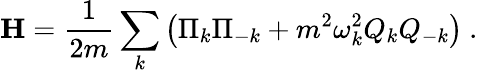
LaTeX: \mathbf{H}={\frac{1}{2m}}\sum_{k}\left({\Pi_{k}\Pi_{-k}}+m^{2}\omega_{k}^{2}Q_{k}Q_{-k}\right)~.